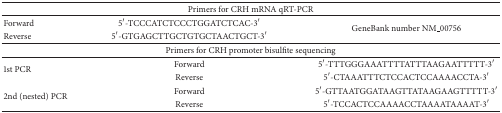
| <COLSPAN=3> Primers for CRH mRNA qRT-PCR |
 | --- | --- | --- |
 | Forward | 5′-TCCCATCTCCCTGGATCTCAC-3′ | <ROWSPAN=2> GeneBank number NM_00756 |
 | Reverse | 5′-GTGAGCTTGCTGTGCTAACTGCT-3′ |
 | <COLSPAN=3> Primers for CRH promoter bisulfite sequencing |
 | <ROWSPAN=2> 1st PCR | Forward | 5′-TTTGGGAAATTTTATTTAAGAATTTTT-3′ |
 | Reverse | 5′-CTAAATTTCTCCACTCCAAAACCTA-3′ |
 | <ROWSPAN=2> 2nd (nested) PCR | Forward | 5′-GTTAATGGATAAGTTATAAGAAGTTTTT-3′ |
 | Reverse | 5′-TCCACTCCAAAACCTAAAATAAAAT-3′ |